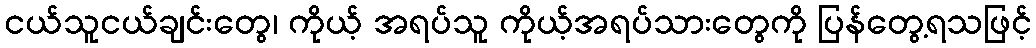
ငယ်သူငယ်ချင်းတွေ၊ ကိုယ့် အရပ်သူ ကိုယ့်အရပ်သားတွေကို ပြန်တွေ့ရသဖြင့်